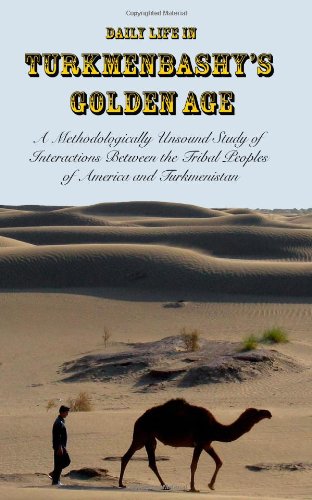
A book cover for Daily Life in Turkmenbashy's Golden Age: A Methodologically Unsound Study of Interactions Between the  Tribal Peoples of America and Turkmenistan; Sam Tranum; Travel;